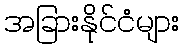
အခြားနိုင်ငံများ